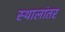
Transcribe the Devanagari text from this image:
स्थालांतर